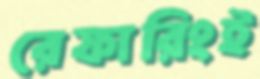
রেফারিংই